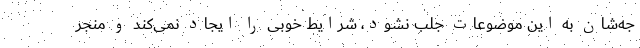
جه‌شان به این موضوعات جلب نشود، شرایط خوبی را ایجاد نمی‌کند و منجر